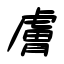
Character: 膚